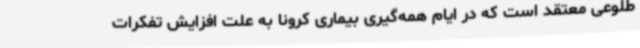
طلوعی معتقد است که در ایام همه‌گیری بیماری کرونا به علت افزایش تفکرات